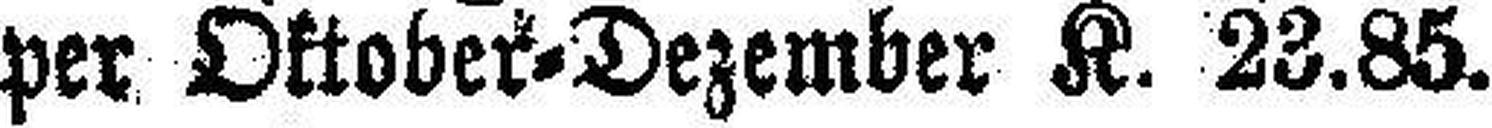
per Oktober=Dezember K. 23.85.